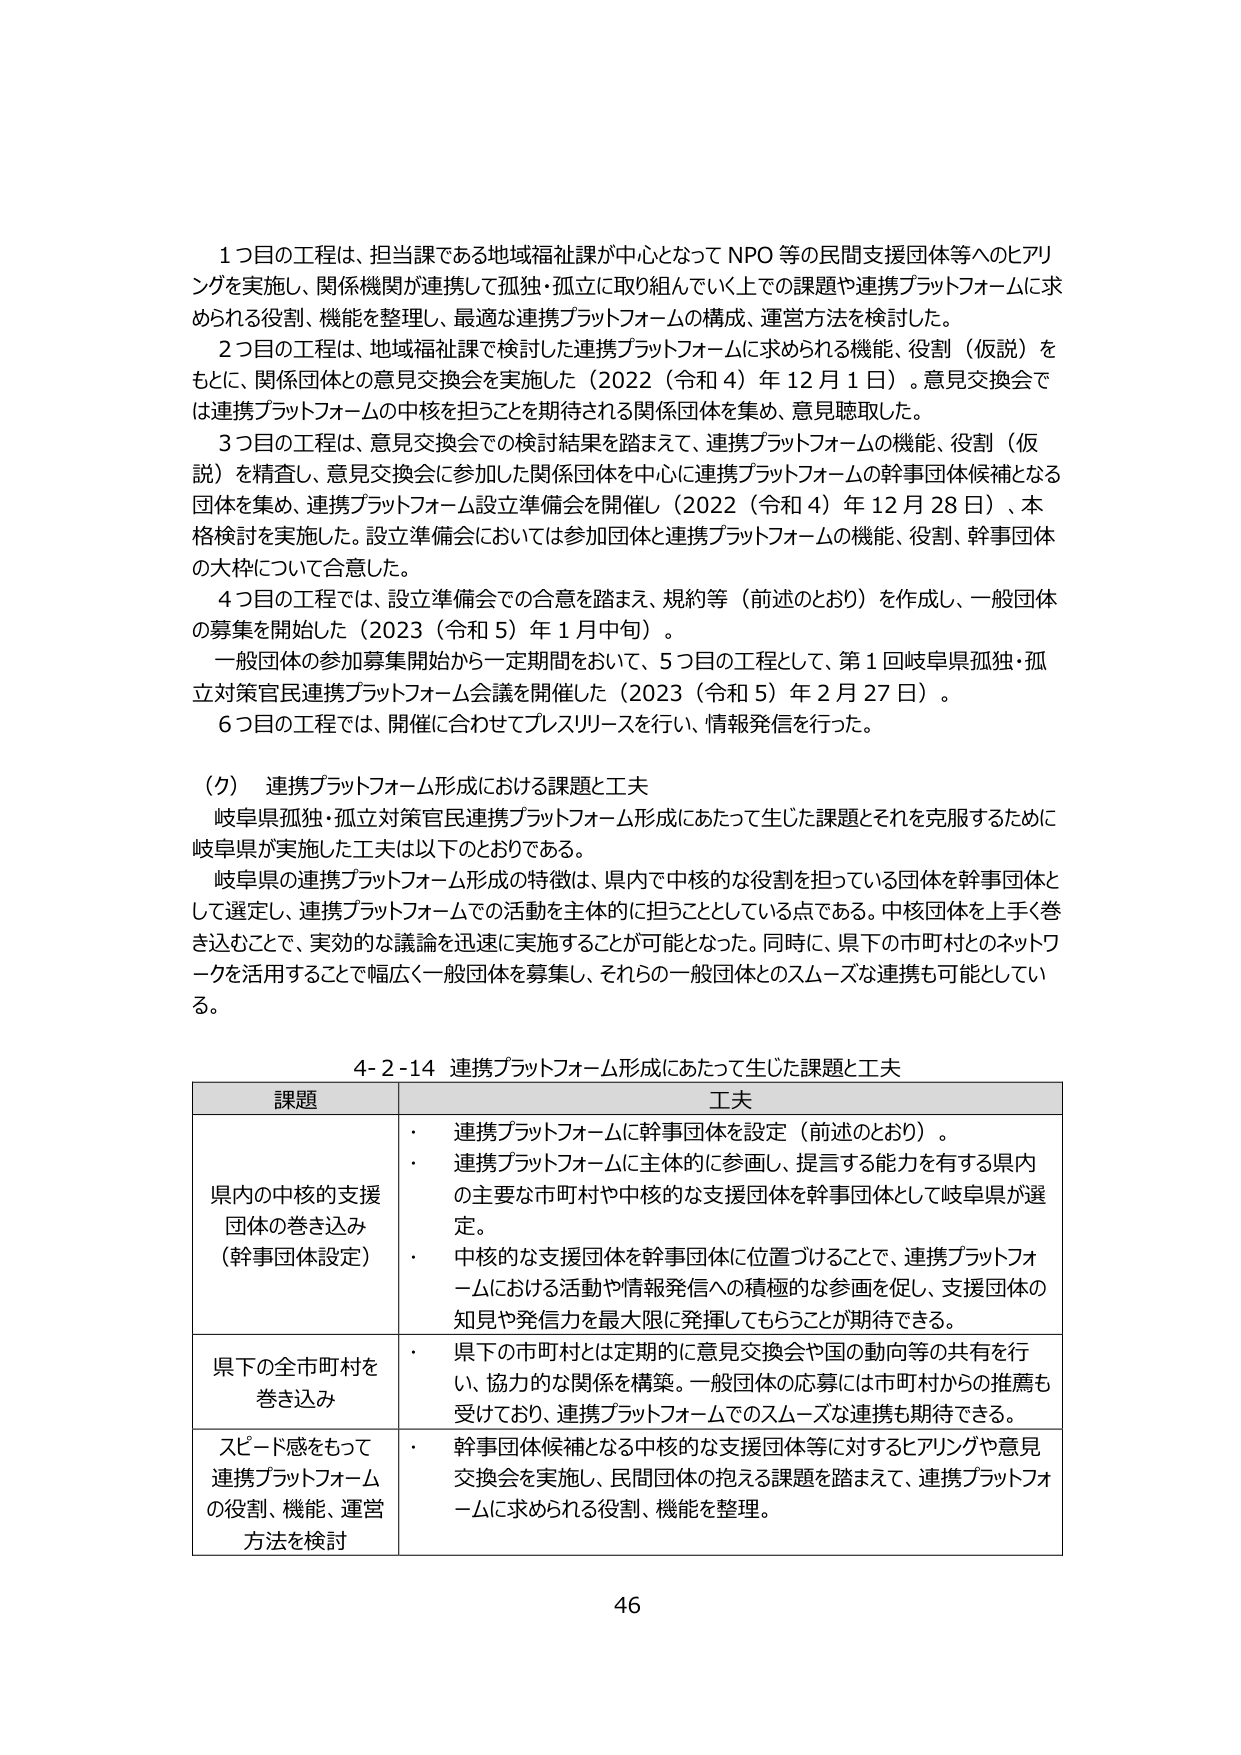
1つ目の工程は、担当課である地域福祉課が中心となってNPO等の民間支援団体等へのヒアリングを実施し、関係機関が連携して孤独・孤立に取り組んでいく上での課題や連携プラットフォームに求められる役割、機能を整理し、最適な連携プラットフォームの構成、運営方法を検討した。

2つ目の工程は、地域福祉課で検討した連携プラットフォームに求められる機能、役割（仮説）をもとに、関係団体との意見交換会を実施した（2022（令和4）年12月1日）。意見交換会では連携プラットフォームの中核を担うことを期待される関係団体を集め、意見聴取した。

3つ目の工程は、意見交換会での検討結果を踏まえて、連携プラットフォームの機能、役割（仮説）を精査し、意見交換会に参加した関係団体を中心に連携プラットフォームの幹事団体候補となる団体を集め、連携プラットフォーム設立準備会を開催し（2022（令和4）年12月28日）、本格検討を実施した。設立準備会においては参加団体と連携プラットフォームの機能、役割、幹事団体の大枠について合意した。

4つ目の工程では、設立準備会での合意を踏まえ、規約等（前述のとおり）を作成し、一般団体の募集を開始した（2023（令和5）年1月中旬）。

一般団体の参加募集開始から一定期間をおいて、5つ目の工程として、第1回岐阜県孤独・孤立対策官民連携プラットフォーム会議を開催した（2023（令和5）年2月27日）。

6つ目の工程では、開催に合わせてプレスリリースを行い、情報発信を行った。

（ク）連携プラットフォーム形成における課題と工夫

岐阜県孤独・孤立対策官民連携プラットフォーム形成にあたって生じた課題とそれを克服するために岐阜県が実施した工夫は以下のとおりである。

岐阜県の連携プラットフォーム形成の特徴は、県内で中核的な役割を担っている団体を幹事団体として選定し、連携プラットフォームでの活動を主体的に担うこととしている点である。中核団体を上手く巻き込むことで、実効的な議論を迅速に実施することが可能となった。同時に、県下の市町村とのネットワークを活用することで幅広く一般団体を募集し、それらの一般団体とのスムーズな連携も可能としている。

4-2-14 連携プラットフォーム形成にあたって生じた課題と工夫

課題 工夫
県内の中核的支援団体の巻き込み（幹事団体設定） ・ 連携プラットフォームに幹事団体を設定（前述のとおり）。
・ 連携プラットフォームに主体的に参画し、提言する能力を有する県内の主要な市町村や中核的な支援団体を幹事団体として岐阜県が選定。
・ 中核的な支援団体を幹事団体に位置づけることで、連携プラットフォームにおける活動や情報発信への積極的な参画を促し、支援団体の知見や発信力を最大限に発揮してもらうことが期待できる。
県下の全市町村を巻き込み ・ 県下の市町村とは定期的に意見交換会や国の動向等の共有を行い、協力的な関係を構築。一般団体の応募には市町村からの推薦も受けており、連携プラットフォームでのスムーズな連携も期待できる。
スピード感をもって連携プラットフォームの役割、機能、運営方法を検討 ・ 幹事団体候補となる中核的な支援団体等に対するヒアリングや意見交換会を実施し、民間団体の抱える課題を踏まえて、連携プラットフォームに求められる役割、機能を整理。

46